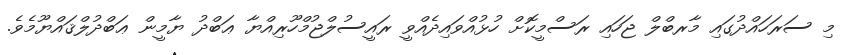
މި ސަރަހައްދުގައި މާރބްލް ޖަހައި ރަސްމީކޮށް ހުޅުއްވައިދެއްވީ ރައީސުލްޖުމްހޫރިއްޔާ ޢަބްދު ޔާމީން ޢަބްދުލްޤައްޔޫމެވެ.